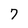
Character: 7